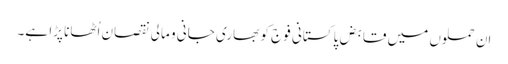
اِن حملوں میں قابض پاکستانی فوج کو بھاری جانی و مالی نقصان اُٹھانا پڑا ہے۔